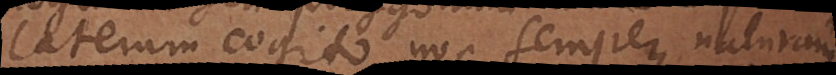
laterum cogito, non semper naturam